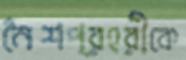
নৈশপ্রহরীকে